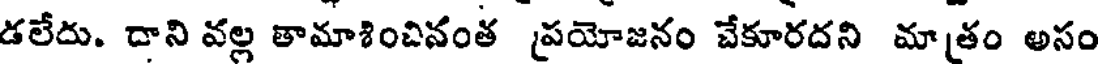
డలేదు. దాని వల్ల తామాశించినంత ప్రయోజనం చేకూరదని మాత్రం అసం